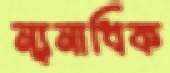
ন্যূনাধিক